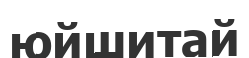
юйшитай